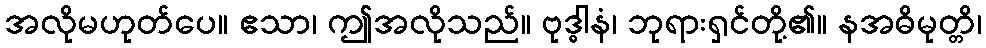
အလိုမဟုတ်ပေ။ ဧသာ၊ ဤအလိုသည်။ ဗုဒ္ဓါနံ၊ ဘုရားရှင်တို့၏။ နအဓိမုတ္တိ၊